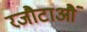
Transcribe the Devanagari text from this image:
रजौटाऔं